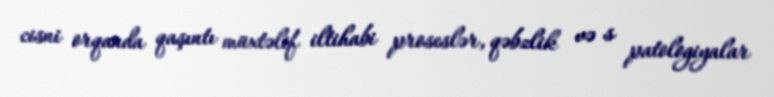
cisni orqanda qaşıntı müxtəlif iltihabi proseslər, qəbzlik və s patologiyalar